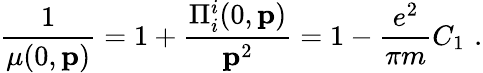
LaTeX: \frac{1}{\mu(0,{\mathbf p})}=1+\frac{\Pi_{i}^{i}(0,{\mathbf p})}{{\mathbf p^{2}}}=1-\frac{e^{2}}{\pi m}C_{1}\, \, .